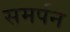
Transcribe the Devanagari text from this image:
समर्पन